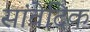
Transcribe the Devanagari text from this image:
सांवेदिक